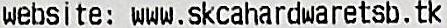
WEBSITE: WWW.SKCAHARDWARETSB.TK